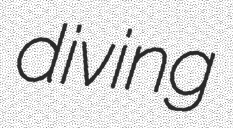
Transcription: diving